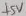
Text: +5V